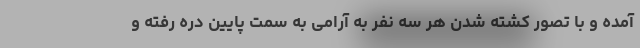
آمده و با تصور کشته شدن هر سه نفر به آرامی به سمت پایین دره رفته و